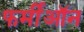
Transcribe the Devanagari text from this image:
फर्मीऑन